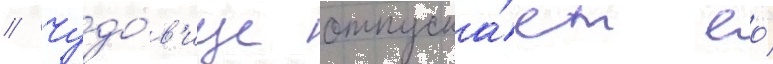
// Чудо́в'ище отпуска́ет ео́